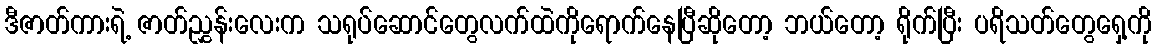
ဒီဇာတ်ကားရဲ့ ဇာတ်ညွှန်းလေးက သရုပ်ဆောင်တွေလက်ထဲကိုရောက်နေပြီဆိုတော့ ဘယ်တော့ ရိုက်ပြီး ပရိသတ်တွေရှေ့ကို